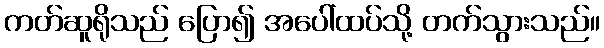
ကတ်ဆူရိုသည် ပြော၍ အပေါ်ထပ်သို့ တက်သွားသည်။